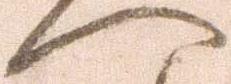
へ